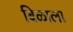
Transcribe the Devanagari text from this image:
बिळाला